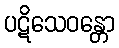
ပဋိသေဝန္တော